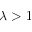
\lambda > 1